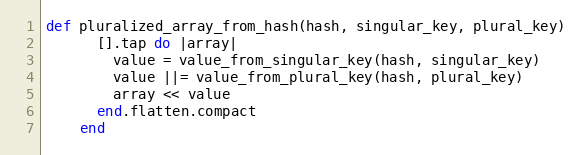
Language: Ruby
def pluralized_array_from_hash(hash, singular_key, plural_key)
      [].tap do |array|
        value = value_from_singular_key(hash, singular_key)
        value ||= value_from_plural_key(hash, plural_key)
        array << value
      end.flatten.compact
    end